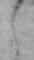
し